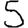
Digit: 5